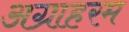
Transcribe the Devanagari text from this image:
अग्राहरम